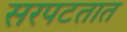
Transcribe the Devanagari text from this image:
सरपटतात